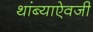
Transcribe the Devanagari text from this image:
थांब्याऐवजी